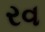
રવ